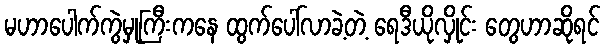
မဟာပေါက်ကွဲမှုကြီးကနေ ထွက်ပေါ်လာခဲ့တဲ့ ရေဒီယိုလှိုင်း တွေဟာဆိုရင်